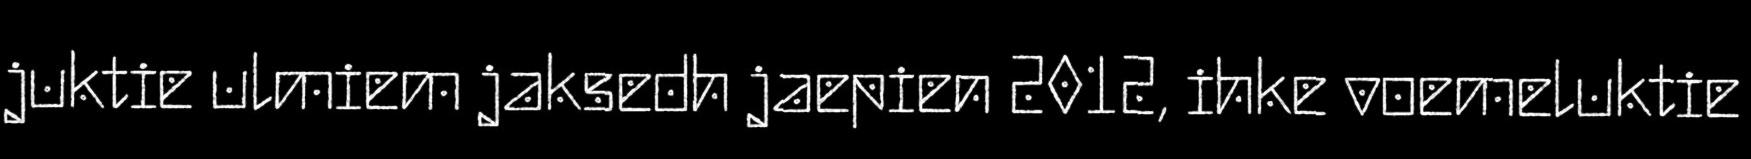
juktie ulmiem jaksedh jaepien 2012, ihke voemeluktie